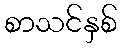
စာသင်နှစ်